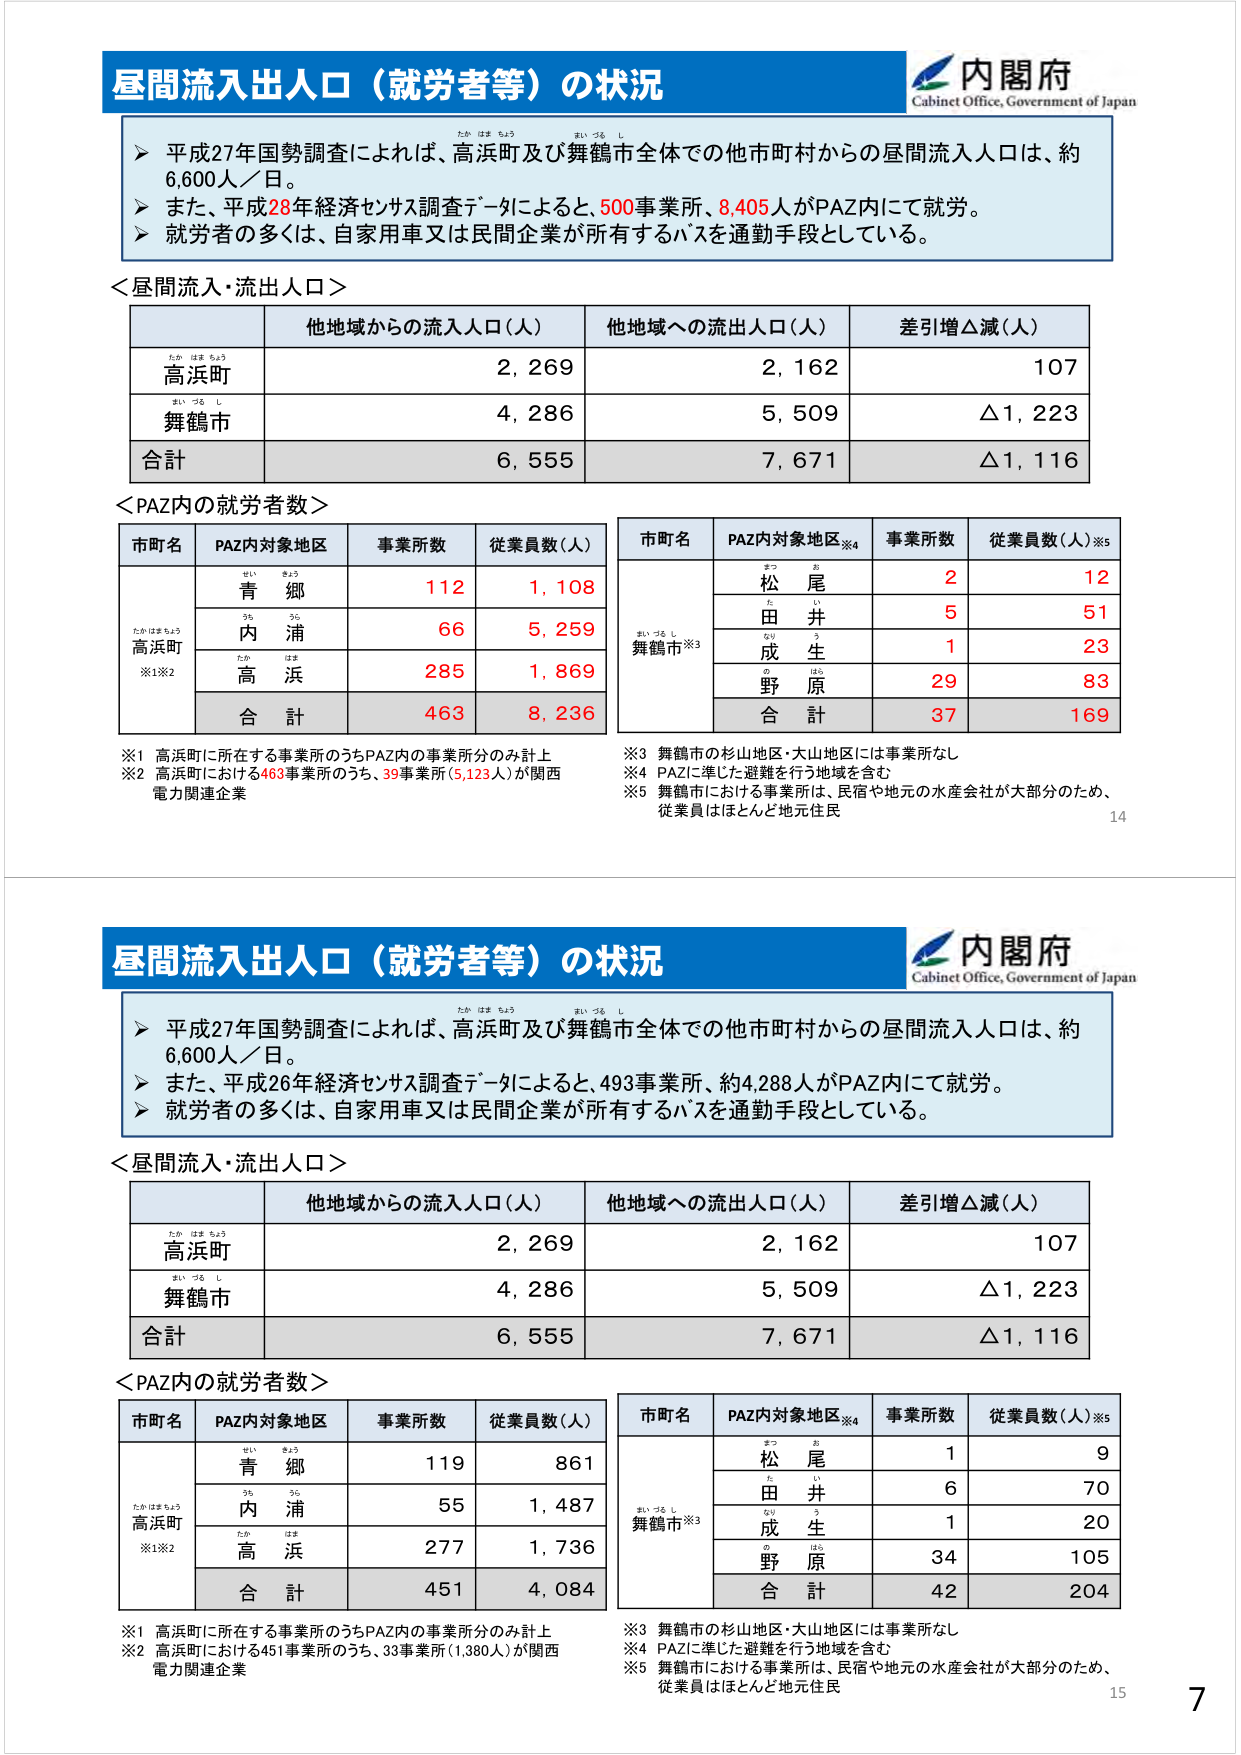
昼間流入出人口（就労者等）の状況
内閣府
Cabinet Office, Government of Japan
▶ 平成27年国勢調査によれば、高浜町及び舞鶴市全体での他市町村からの昼間流入人口は、約6,600人／日。
▶ また、平成28年経済センサス調査データによると、500事業所、8,405人がPAZ内にて就労。
▶ 就労者の多くは、自家用車又は民間企業が所有するバスを通勤手段としている。
＜昼間流入・流出人口＞
他地域からの流入人口（人） 他地域への流出人口（人） 差引増△減（人）
高浜町 2,269 2,162 107
舞鶴市 4,286 5,509 △1,223
合計 6,555 7,671 △1,116
＜PAZ内の就労者数＞
市町名 PAZ内対象地区 事業所数 従業員数（人）
高浜町※1※2 青郷 112 1,108
内浦 66 5,259
高浜 285 1,869
合計 463 8,236
市町名 PAZ内対象地区※4 事業所数 従業員数（人）※5
舞鶴市※3 松尾 2 12
田井 5 51
成生 1 23
野原 29 83
合計 37 169
※1 高浜町に所在する事業所のうちPAZ内の事業所分のみ計上
※2 高浜町における463事業所のうち、39事業所（5,123人）が関西電力関連企業
※3 舞鶴市の杉山地区・大山地区には事業所なし
※4 PAZに準じた避難を行う地域を含む
※5 舞鶴市における事業所は、民宿や地元の水産会社が大部分のため、従業員はほとんど地元住民
14
昼間流入出人口（就労者等）の状況
内閣府
Cabinet Office, Government of Japan
▶ 平成27年国勢調査によれば、高浜町及び舞鶴市全体での他市町村からの昼間流入人口は、約6,600人／日。
▶ また、平成26年経済センサス調査データによると、493事業所、約4,288人がPAZ内にて就労。
▶ 就労者の多くは、自家用車又は民間企業が所有するバスを通勤手段としている。
＜昼間流入・流出人口＞
他地域からの流入人口（人） 他地域への流出人口（人） 差引増△減（人）
高浜町 2,269 2,162 107
舞鶴市 4,286 5,509 △1,223
合計 6,555 7,671 △1,116
＜PAZ内の就労者数＞
市町名 PAZ内対象地区 事業所数 従業員数（人）
高浜町※1※2 青郷 119 861
内浦 55 1,487
高浜 277 1,736
合計 451 4,084
市町名 PAZ内対象地区※4 事業所数 従業員数（人）※5
舞鶴市※3 松尾 1 9
田井 6 70
成生 1 20
野原 34 105
合計 42 204
※1 高浜町に所在する事業所のうちPAZ内の事業所分のみ計上
※2 高浜町における451事業所のうち、33事業所（1,380人）が関西電力関連企業
※3 舞鶴市の杉山地区・大山地区には事業所なし
※4 PAZに準じた避難を行う地域を含む
※5 舞鶴市における事業所は、民宿や地元の水産会社が大部分のため、従業員はほとんど地元住民
15
7